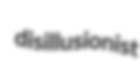
disillusionist